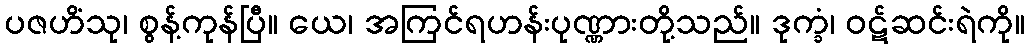
ပဇဟိံသု၊ စွန့်ကုန်ပြီ။ ယေ၊ အကြင်ရဟန်းပုဏ္ဏားတို့သည်။ ဒုက္ခံ၊ ဝဋ်ဆင်းရဲကို။